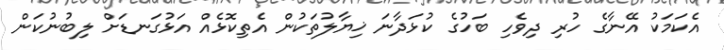
އެކަމަކު އޭނާގެ ހުރި ދިވެހި ބަހުގެ ކުޅަދާނަ ޚިޔާލުތަކުން އެތިކޮޅެއް އަޅުގަނޑަށް ލިބުނުކަން